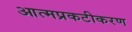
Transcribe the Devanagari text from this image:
आत्मप्रकटीकरण